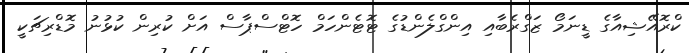
ކްރޮއޭޝިއާގެ ޑީނަމޯ ޒަގްރެބާއި އިންގްލެންޑުގެ ޓޮޓެންހަމް ހޮޓްސްޕާސް އަށް ކުރިން ކުޅުނު މޮޑްރިޗަކީ